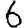
Digit: 6